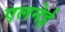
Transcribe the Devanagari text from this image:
एलनेई